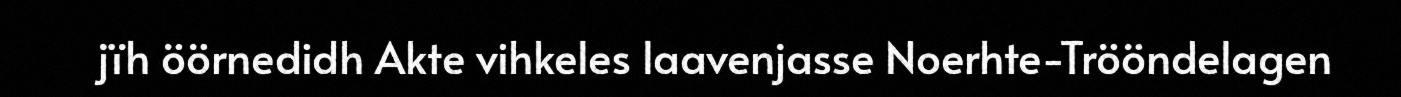
jïh öörnedidh Akte vihkeles laavenjasse Noerhte-Trööndelagen